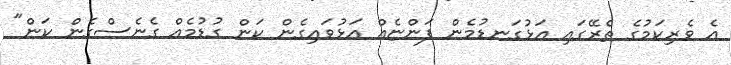
އެ ވެރިކަމުގެ ތެރޭގައި އަޅުގަނޑުމެން ފަންޏެއް އަޅުވައިގެން ކަން ގުޑުމެއް ގެނެސްގެން ކަން"